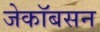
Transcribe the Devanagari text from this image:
जेकॉबसन